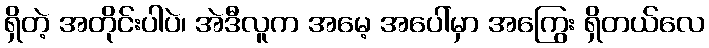
ရှိတဲ့ အတိုင်းပါပဲ၊ အဲဒီလူက အမေ့ အပေါ်မှာ အကြွေး ရှိတယ်လေ